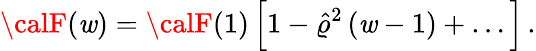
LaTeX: {\calF}(\mathit{w})={\calF}(1)\, \Big[1-\hat{{\varrho}}^{2}\, (\mathit{w}-1)+\dots\Big]\, .